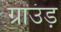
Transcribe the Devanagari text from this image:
ग्राउंड़